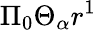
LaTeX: \Pi_{0}\Theta_{\alpha}r^{1}